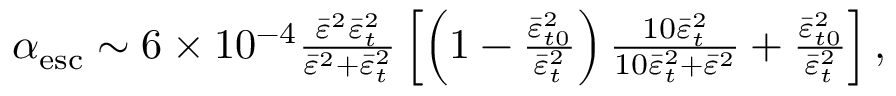
\begin{array} { r } { \alpha _ { \mathrm { e s c } } \sim 6 \times 1 0 ^ { - 4 } \frac { \bar { \varepsilon } ^ { 2 } \bar { \varepsilon } _ { t } ^ { 2 } } { \bar { \varepsilon } ^ { 2 } + \bar { \varepsilon } _ { t } ^ { 2 } } \left[ \left( 1 - \frac { \bar { \varepsilon } _ { t 0 } ^ { 2 } } { \bar { \varepsilon } _ { t } ^ { 2 } } \right) \frac { 1 0 \bar { \varepsilon } _ { t } ^ { 2 } } { 1 0 \bar { \varepsilon } _ { t } ^ { 2 } + \bar { \varepsilon } ^ { 2 } } + \frac { \bar { \varepsilon } _ { t 0 } ^ { 2 } } { \bar { \varepsilon } _ { t } ^ { 2 } } \right] , } \end{array}